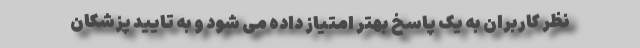
نظر کاربران به یک پاسخ بهتر امتیاز داده می شود و به تایید پزشکان